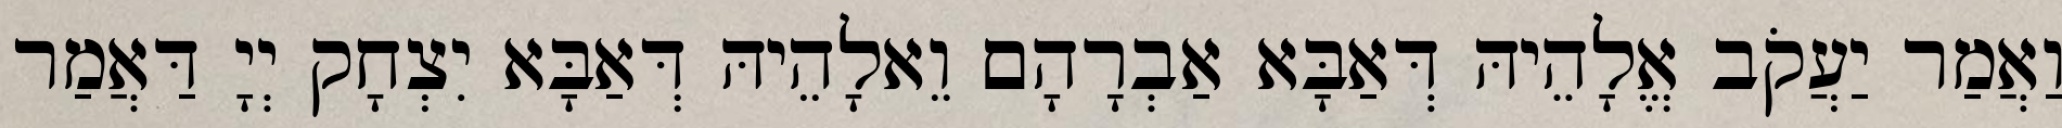
וַאֲמַר יַעֲקֹב אֱלָהֵיהּ דְּאַבָּא אַבְרָהָם וֵאלָהֵיהּ דְּאַבָּא יִצְחָק יְיָ דַּאֲמַר